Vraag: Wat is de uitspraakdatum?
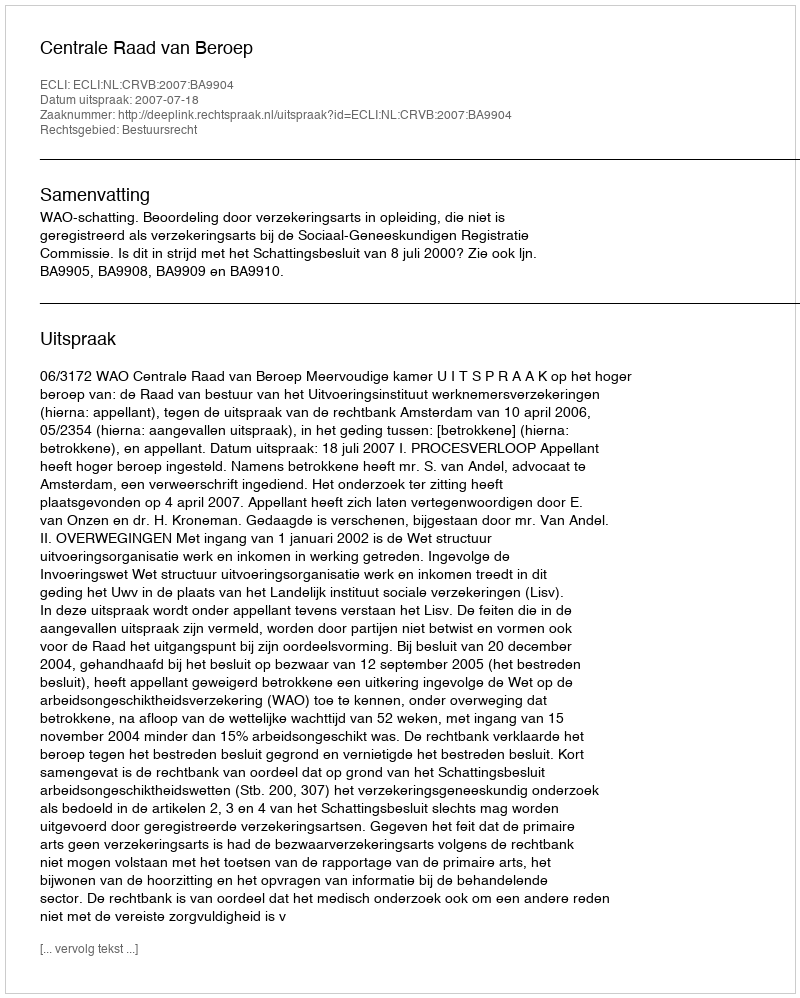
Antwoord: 2007-07-18